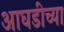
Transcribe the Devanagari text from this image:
आघडीच्या